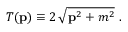
T ( { \bf p } ) \equiv 2 \, \sqrt { { \bf p } ^ { 2 } + m ^ { 2 } } \ .